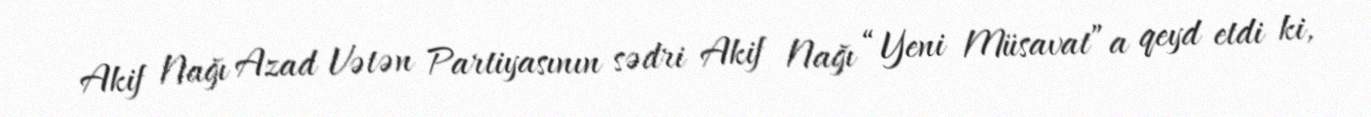
Akif Nağı Azad Vətən Partiyasının sədri Akif Nağı “Yeni Müsavat”a qeyd etdi ki,